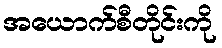
အယောက်စီတိုင်းကို